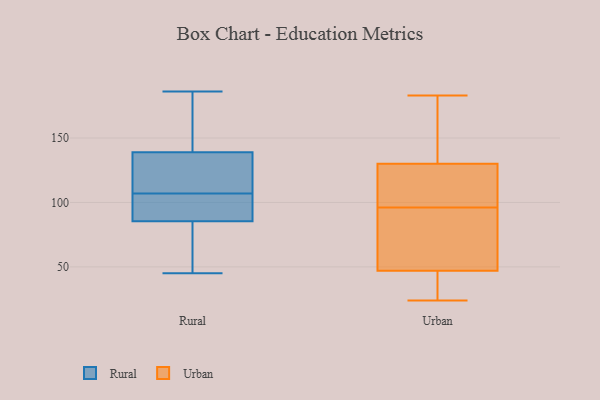
{"axis": {"x": "Active Users", "y": "Value"}, "legend": ["Rural", "Urban"], "data": [{"x": "", "y": 186, "type": "Rural"}, {"x": "", "y": 45, "type": "Rural"}, {"x": "", "y": 108, "type": "Rural"}, {"x": "", "y": 184, "type": "Rural"}, {"x": "", "y": 106, "type": "Rural"}, {"x": "", "y": 114, "type": "Rural"}, {"x": "", "y": 51, "type": "Rural"}, {"x": "", "y": 95, "type": "Rural"}, {"x": "", "y": 79, "type": "Rural"}, {"x": "", "y": 92, "type": "Rural"}, {"x": "", "y": 153, "type": "Rural"}, {"x": "", "y": 125, "type": "Rural"}, {"x": "", "y": 47, "type": "Urban"}, {"x": "", "y": 69, "type": "Urban"}, {"x": "", "y": 36, "type": "Urban"}, {"x": "", "y": 64, "type": "Urban"}, {"x": "", "y": 124, "type": "Urban"}, {"x": "", "y": 176, "type": "Urban"}, {"x": "", "y": 123, "type": "Urban"}, {"x": "", "y": 24, "type": "Urban"}, {"x": "", "y": 130, "type": "Urban"}, {"x": "", "y": 183, "type": "Urban"}]}